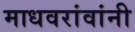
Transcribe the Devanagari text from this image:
माधवरांवांनी